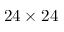
2 4 \times 2 4